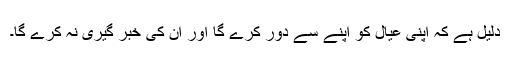
دلیل ہے کہ اپنی عیال کو اپنے سے دور کرے گا اور ان کی خبر گیری نہ کرے گا۔